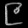
Digit: ၉